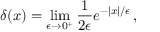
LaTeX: \delta ( x ) = \operatorname * { l i m } _ { \epsilon \rightarrow 0 ^ { + } } { \frac { 1 } { 2 \epsilon } } e ^ { - | x | / \epsilon } \, ,